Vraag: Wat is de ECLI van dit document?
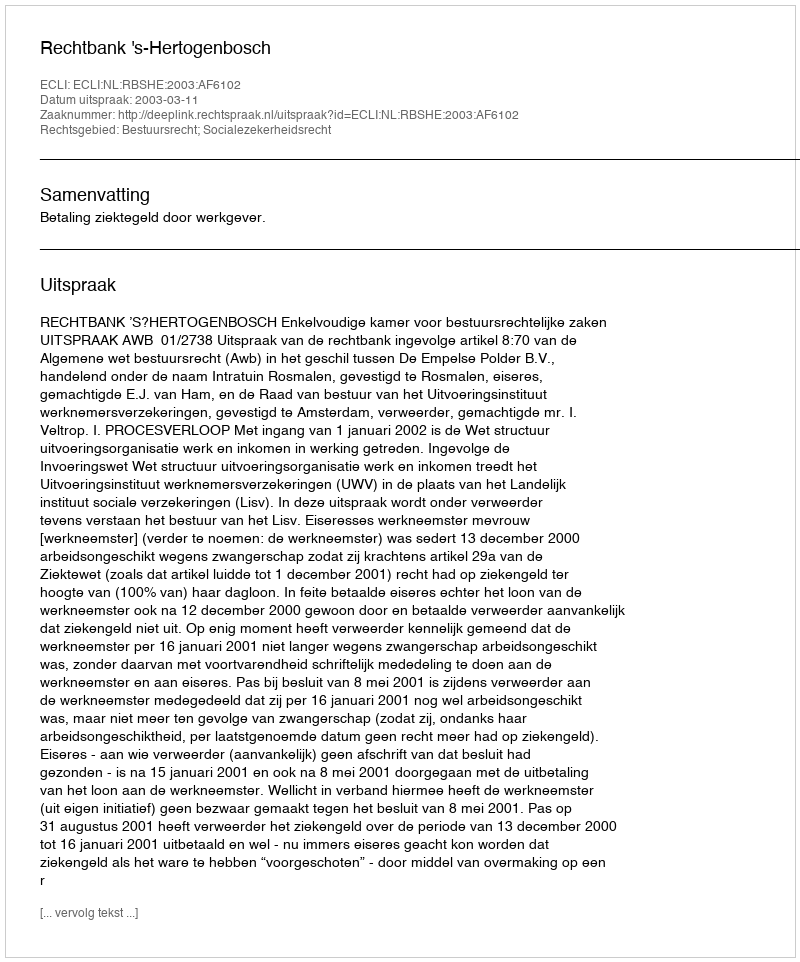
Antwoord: ECLI:NL:RBSHE:2003:AF6102